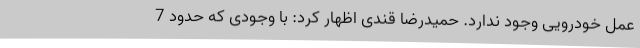
عمل خودرویی وجود ندارد. حمیدرضا قندی اظهار کرد: با وجودی که حدود 7